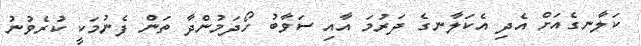
ކަލާނގެއަށް އެދި އެކަލާނގެ ދަރުމަ އާއި ސަވާބު ހޯދަމުންދާ ތަން ފެނުމަކީ ކުރެވުނު